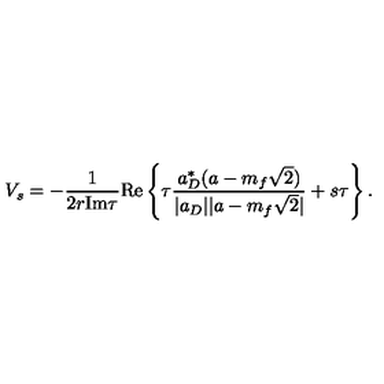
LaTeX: V _ { s } = - \frac { 1 } { 2 r \mathrm { I m } \tau } \mathrm { R e } \left\{ \tau \frac { a _ { D } ^ { * } ( a - m _ { f } \sqrt { 2 } ) } { | a _ { D } | | a - m _ { f } \sqrt { 2 } | } + s \tau \right\} .